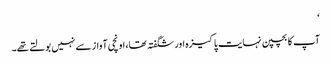
‘
آپ کا بچپن نہایت پاکیزہ اور شگفتہ تھا، اونچی آواز سے نہیں بولتے تھے۔